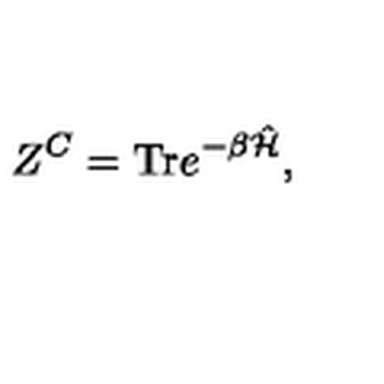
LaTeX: Z ^ { C } = \mathrm { T r } e ^ { - \beta \hat { \cal H } } ,